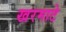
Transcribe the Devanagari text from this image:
खरमाटे